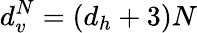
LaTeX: d_{v}^{N}=(d_{h}+3)N